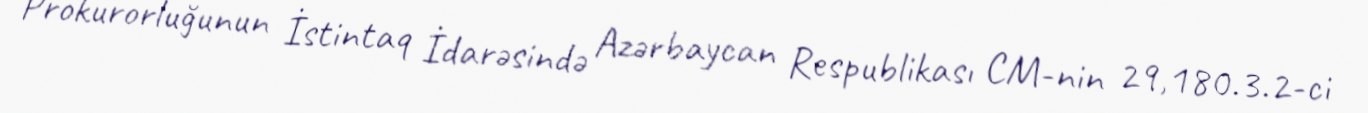
Prokurorluğunun İstintaq İdarəsində Azərbaycan Respublikası CM-nin 29,180.3.2-ci